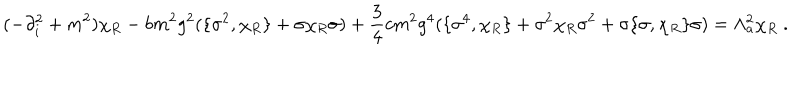
( - \partial _ { i } ^ { 2 } + m ^ { 2 } ) \chi _ { R } - b m ^ { 2 } g ^ { 2 } ( \{ \sigma ^ { 2 } , \chi _ { R } \} + \sigma \chi _ { R } \sigma ) + \frac 3 4 c m ^ { 2 } g ^ { 4 } ( \{ \sigma ^ { 4 } , \chi _ { R } \} + \sigma ^ { 2 } \chi _ { R } \sigma ^ { 2 } + \sigma \{ \sigma , \chi _ { R } \} \sigma ) = \Lambda _ { a } ^ { 2 } \chi _ { R } \ .